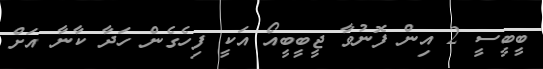
ބީބީސީ 2 އިން ފޮނުވާ ޖީބީބީއޯ އަކީ ފިހެގެން ހަދާ ކާނާ އަށް